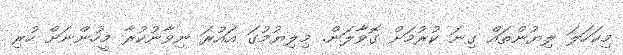
މިކަހަލަ ލިޔުންތައް ގިނަ ކުރުމަށް ގޮވާލަން. މިލިޔުމުގަ އައުރަ ނިވާނުކުރާ މީހުންނަށް ހުރި